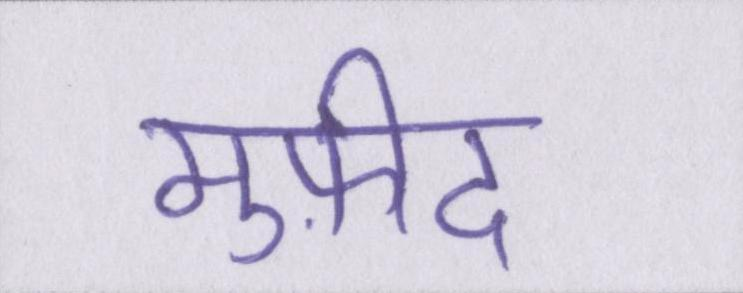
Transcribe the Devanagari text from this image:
मुफ़ीद